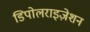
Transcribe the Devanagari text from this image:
डिपोलराइज़ेशन